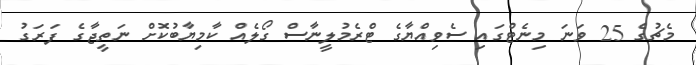
މެޗުގެ 25 ވަނަ މިނެޓްގައި ސެވިއްޔާގެ ޓްރެމުލީނާސް ގޯލެއް ކާމިޔާބުކޮށް ނަތީޖާގެ ފަރަގު